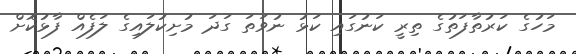
މަހުގެ ކަރުތާފަތުގެ ތިރީ ކަނުގައި ކަޅު ނުވަތަ ގަދަ މުށިކުލައިގެ ލަފެއް ފާޅުކޮށް